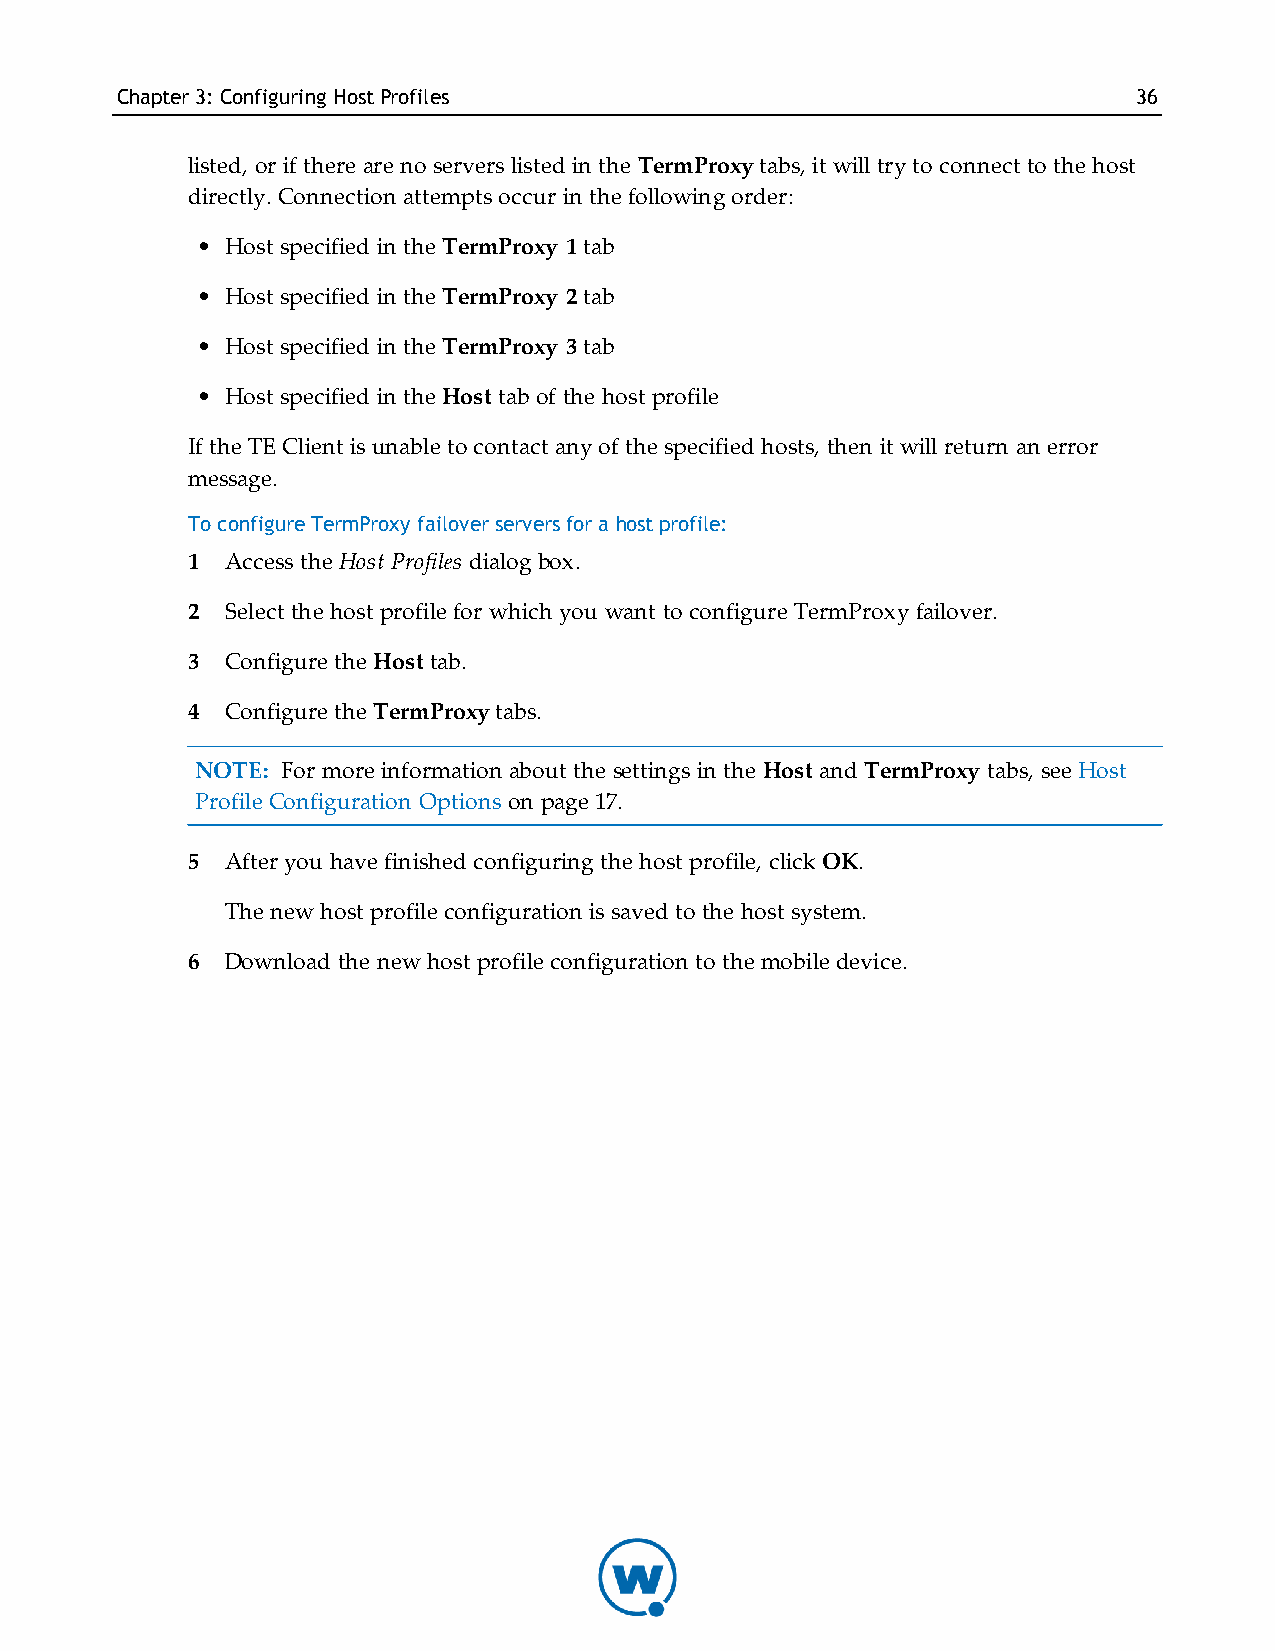
Chapter3: Configuring HostProfiles                                 36
 listed, or if there are no servers listed in the TermProxy tabs, it will try to connect to the host
 directly. Connection attempts occur in the following order:
 • Host specified in the TermProxy 1 tab
 • Host specified in the TermProxy 2 tab
 • Host specified in the TermProxy 3 tab
 • Host specified in the Host tab of the host profile
 If the TE Client is unable to contact any of the specified hosts, then it will return an error
 message.
 To configure TermProxy failover servers for a host profile:
 1  Access the Host Profiles dialog box.
 2  Select the host profile for which you want to configure TermProxy failover.
 3  Configure the Host tab.
 4  Configure the TermProxy tabs.
 NOTE: For more information about the settings in the Host and TermProxy tabs, see Host
 Profile Configuration Options on page 17.
 5  After you have finished configuring the host profile, click OK.
 The new host profile configuration is saved to the host system.
 6  Download the new host profile configuration to the mobile device.